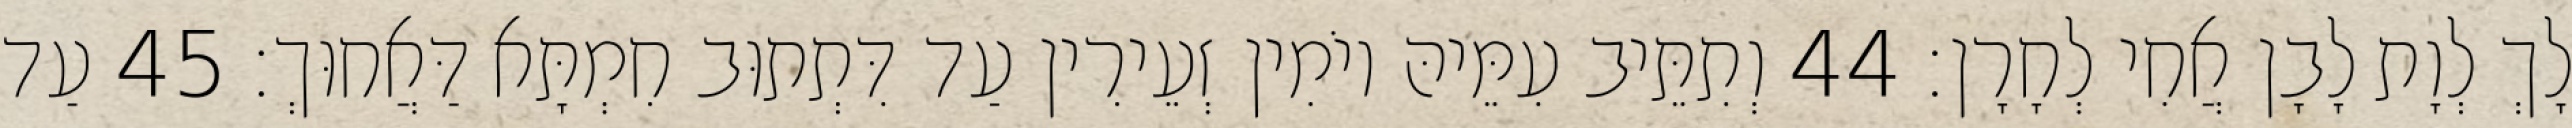
לָךְ לְוָת לָבָן אֲחִי לְחָרָן׃ 44 וְתִתֵּיב עִמֵּיהּ יוֹמִין זְעֵירִין עַד דִּתְתוּב חִמְתָּא דַּאֲחוּךְ׃ 45 עַד